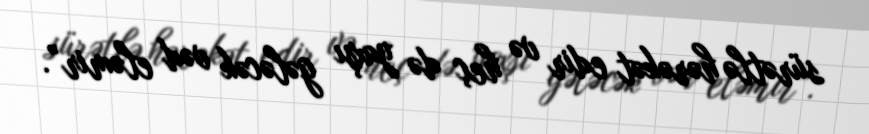
sürətlə hərəkət edir və heç də yaxşı gələcək vəd eləmir”.